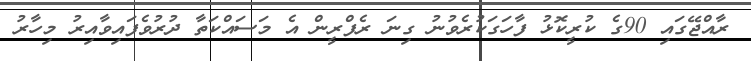
ރާއްޖޭގައި 90ގެ ކުރީކޮޅު ފާހަގަކުރެވުނު ގިނަ ރެފްރީން އެ މަސައްކަތާ ދުރުވެފައިވާއިރު މިހާރު